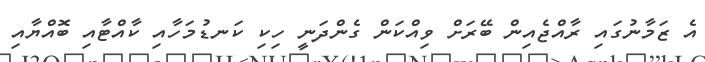
އެ ޒަމާނުގައި ރާއްޖެއިން ބޭރަށް ވިއްކަން ގެންދަނީ ހިކި ކަނޑުމަހާއި ކާއްޓާއި ބޮއްޔާއި